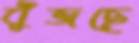
বুঁজছে